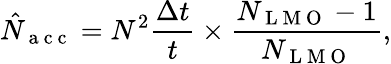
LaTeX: \hat{N}_{\mathrm{~a~c~c~}}=N^{2}\frac{\Delta t}{t}\times\frac{N_{\mathrm{~L~M~O~}}-1}{N_{\mathrm{~L~M~O~}}},